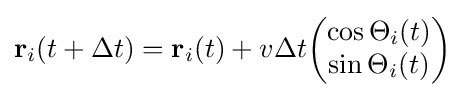
\mathbf {r} _{i}(t+\Delta t)=\mathbf {r} _{i}(t)+v\Delta t{\begin{pmatrix}\cos \Theta _{i}(t)\\\sin \Theta _{i}(t)\end{pmatrix}}